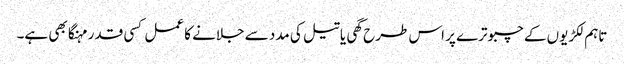
تاہم لکڑیوں کے چبوترے پر اس طرح گھی یا تیل کی مدد سے جلانے کا عمل کسی قدر مہنگا بھی ہے۔